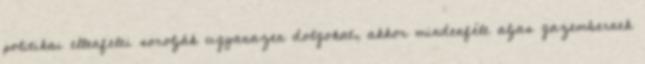
politikai ellenfelei sorolják ugyanazen dolgokat, akkor mindenféle aljas gazembernek